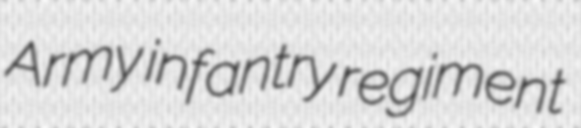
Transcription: Army infantry regiment